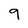
Character: 9